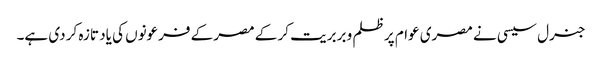
جنرل سیسی نے مصری عوام پر ظلم و بربریت کر کے مصر کے فرعونوں کی یاد تازہ کر دی ہے۔